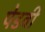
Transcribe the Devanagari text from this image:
पेडवी